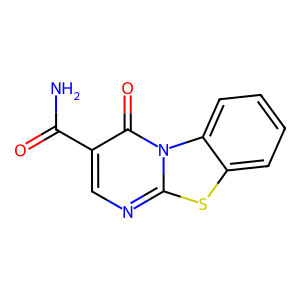
SMILES: NC(=O)c1cnc2sc3ccccc3n2c1=O
Inhibits HIV replication: No